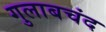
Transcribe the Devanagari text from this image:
गुलाबचंद